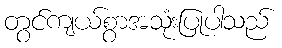
တွင်ကျယ်စွာအသုံးပြုပါသည်